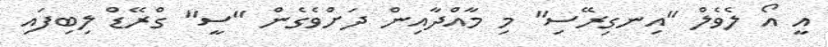
އީ އޯ ލެވެލް "އިނގިރޭސި" މި މާއްދާއިން ދަށްވެގެން "ސީ" ގްރޭޑް ލިބިފައި